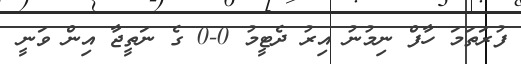
ފުރަތަމަ ހާފް ނިމުނު އިރު ދެޓީމު 0-0 ގެ ނަތީޖާ އިން ވަނީ